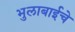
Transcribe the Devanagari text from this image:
भुलाबाईचे